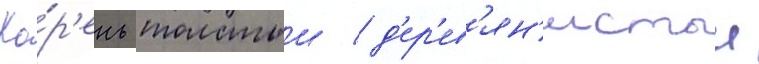
Ко́р'ень толстыи / д'ер'ев'ян'истыи